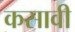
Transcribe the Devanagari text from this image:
कसावी